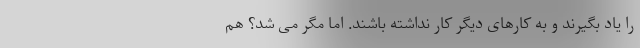
را یاد بگیرند و به کارهای دیگر کار نداشته باشند. اما مگر می شد؟ هم